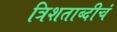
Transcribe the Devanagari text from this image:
त्रिशताब्दीचं